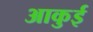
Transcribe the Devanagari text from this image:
आकुई